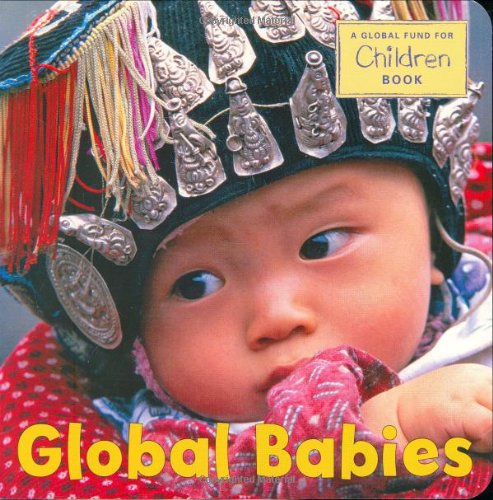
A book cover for Global Babies; The Global Fund for Children; Children's Books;